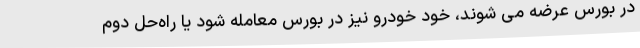
در بورس عرضه می شوند، خود خودرو نیز در بورس معامله شود یا راه‌حل دوم